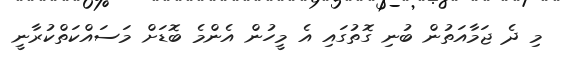
މި ދެ ޖަމާއަތުން ބުނި ގޮތުގައި އެ މީހުން އެންމެ ބޮޑަށް މަސައްކަތްކުރާނީ